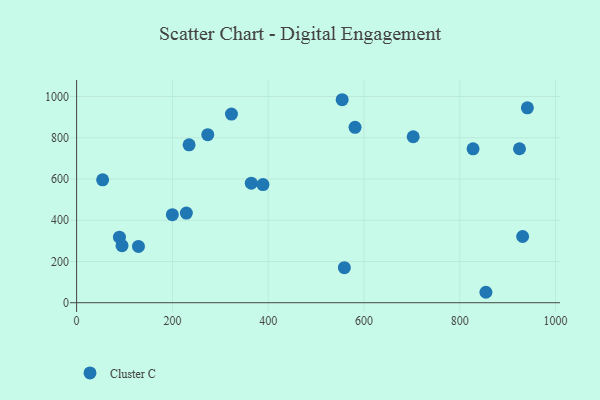
{"axis": {"x": "Ad Spend", "y": "Sales"}, "legend": ["Cluster C"], "data": [{"x": "89.4", "y": 318.1, "type": "Cluster C"}, {"x": "702.7", "y": 804.9, "type": "Cluster C"}, {"x": "854.5", "y": 50.7, "type": "Cluster C"}, {"x": "364.7", "y": 579.6, "type": "Cluster C"}, {"x": "554.4", "y": 984.5, "type": "Cluster C"}, {"x": "389.1", "y": 572.8, "type": "Cluster C"}, {"x": "941.1", "y": 945.4, "type": "Cluster C"}, {"x": "273.8", "y": 815.1, "type": "Cluster C"}, {"x": "323.3", "y": 915.0, "type": "Cluster C"}, {"x": "827.7", "y": 746.5, "type": "Cluster C"}, {"x": "54.3", "y": 595.9, "type": "Cluster C"}, {"x": "94.8", "y": 276.6, "type": "Cluster C"}, {"x": "931.2", "y": 321.3, "type": "Cluster C"}, {"x": "924.6", "y": 746.8, "type": "Cluster C"}, {"x": "581.3", "y": 850.8, "type": "Cluster C"}, {"x": "229.1", "y": 434.7, "type": "Cluster C"}, {"x": "199.9", "y": 426.8, "type": "Cluster C"}, {"x": "129.1", "y": 273.0, "type": "Cluster C"}, {"x": "559.0", "y": 170.2, "type": "Cluster C"}, {"x": "234.8", "y": 765.6, "type": "Cluster C"}]}